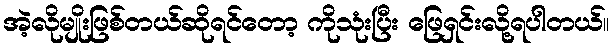
အဲ့လိုမျိုးဖြစ်တယ်ဆိုရင်တော့ ကိုသုံးပြီး ဖြေရှင်းလို့ရပါတယ်။